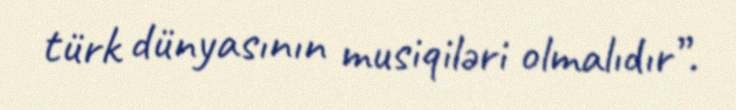
türk dünyasının musiqiləri olmalıdır”.